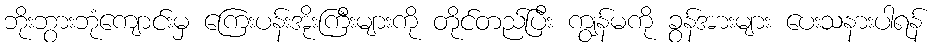
ဘိုးဘွားဘုံကျောင်းမှ ကြေးပန်းအိုးကြီးများကို တိုင်တည်ပြီး ကျွန်မကို ခွန်အားများ ပေးသနားပါရန်